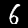
Digit: 6